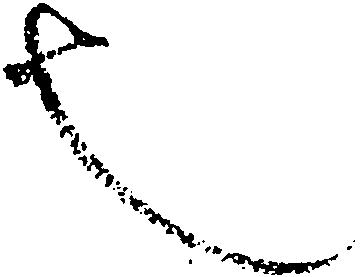
也